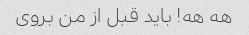
هه هه! باید قبل از من بروی